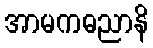
အာမကဓညာနိ